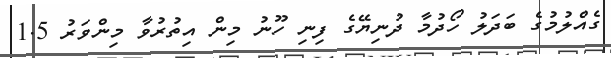
ގެއްލުމުގެ ބަދަލު ހޯދުމާ ދުނިޔޭގެ ފިނި ހޫނު މިން އިތުރުވާ މިންވަރު 1.5